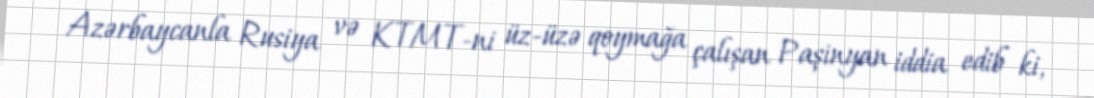
Azərbaycanla Rusiya və KTMT-ni üz-üzə qoymağa çalışan Paşinyan iddia edib ki,